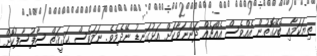
ތިޔަކަމާއި ބެހޭގޮތުން އެއްވެސް އެއްޗެއް ދަންނަވާކަށް އަޅުގަނޑު ނޭދެމެވެ. ނަމަވެސް ޙަޤީޤަތް ސާފުސާފުކޮށް